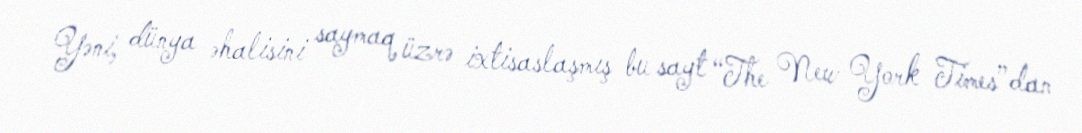
Yəni, dünya əhalisini saymaq üzrə ixtisaslaşmış bu sayt “The New York Times”dan